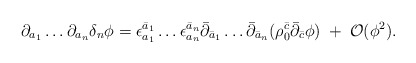
\begin{align*}\partial_{a_1} \ldots \partial_{a_n} \delta_n \phi =\epsilon^{\bar a_1}_{a_1} \ldots \epsilon^{\bar a_n}_{a_n}\bar{\partial}_{\bar a_1} \ldots \bar{\partial}_{\bar a_n}(\rho_0^{\bar c} \bar{\partial}_{\bar c} \phi )\; + \; {\cal O} ( \phi^2 ).\end{align*}